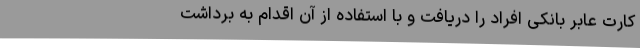
کارت عابر بانکی افراد را دریافت و با استفاده از آن اقدام به برداشت